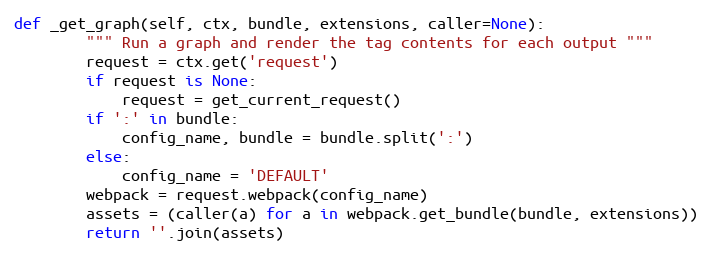
Language: Python
def _get_graph(self, ctx, bundle, extensions, caller=None):
        """ Run a graph and render the tag contents for each output """
        request = ctx.get('request')
        if request is None:
            request = get_current_request()
        if ':' in bundle:
            config_name, bundle = bundle.split(':')
        else:
            config_name = 'DEFAULT'
        webpack = request.webpack(config_name)
        assets = (caller(a) for a in webpack.get_bundle(bundle, extensions))
        return ''.join(assets)